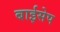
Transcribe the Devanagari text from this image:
बाईसेप